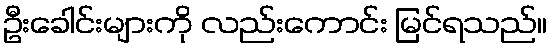
ဦးခေါင်းများကို လည်းကောင်း မြင်ရသည်။